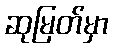
ဆုမြတ်မှာ